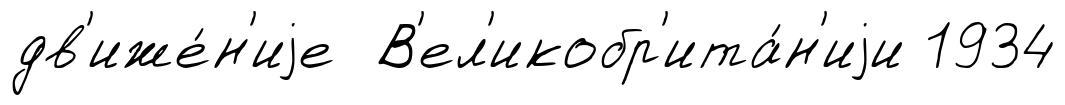
дв'иже́н'иjе В'ел'икобр'ита́н'иjи 1934